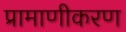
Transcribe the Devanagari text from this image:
प्रामाणीकरण